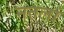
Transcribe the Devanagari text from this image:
नतलां